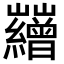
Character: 𡿘